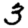
Digit: 3